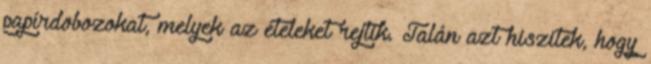
papírdobozokat, melyek az ételeket rejtik. Talán azt hiszitek, hogy